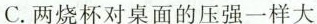
C.两烧杯对桌面的压强一样大